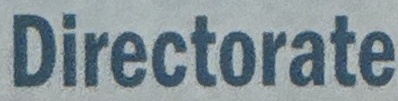
Directorate